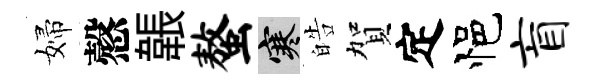
婦慤韔螯寒皓賀定悒盲